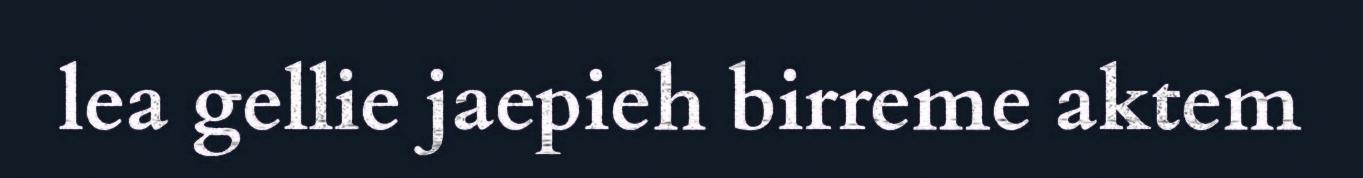
lea gellie jaepieh birreme aktem